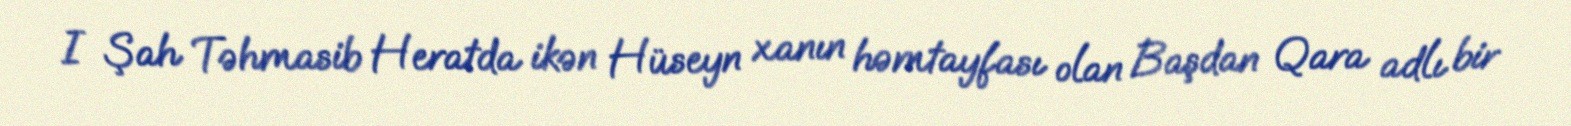
I Şah Təhmasib Heratda ikən Hüseyn xanın həmtayfası olan Başdan Qara adlı bir